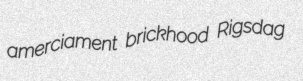
amerciament brickhood Rigsdag